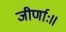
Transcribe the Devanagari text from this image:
जीर्णाः॥